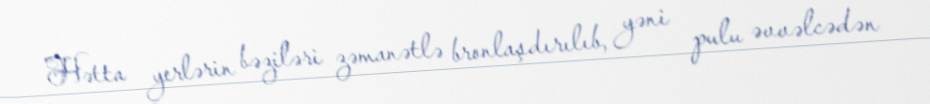
Hətta yerlərin bəziləri zəmanətlə bronlaşdırılıb, yəni pulu əvvəlcədən